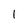
Character: l